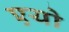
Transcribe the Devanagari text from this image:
एयो